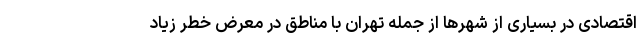
اقتصادی در بسیاری از شهرها از جمله تهران با مناطق در معرض خطر زیاد